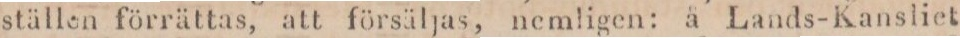
ställen förrättas, att försäljas, nemligen: å Lands-Kansliet